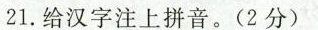
21.给汉字注上拼音。(2分)